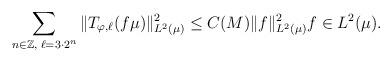
LaTeX: \begin{align*}\sum_{n\in \mathbb{Z},\; \ell=3\cdot 2^n} \|T_{\varphi,\ell}(f\mu)\|_{L^2(\mu)}^2\leq C(M)\|f\|^2_{L^2(\mu)} f\in L^2(\mu).\end{align*}